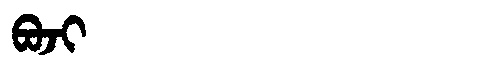
Manchu: ᠪᠣᠵᡳ
Romanization: BOJI